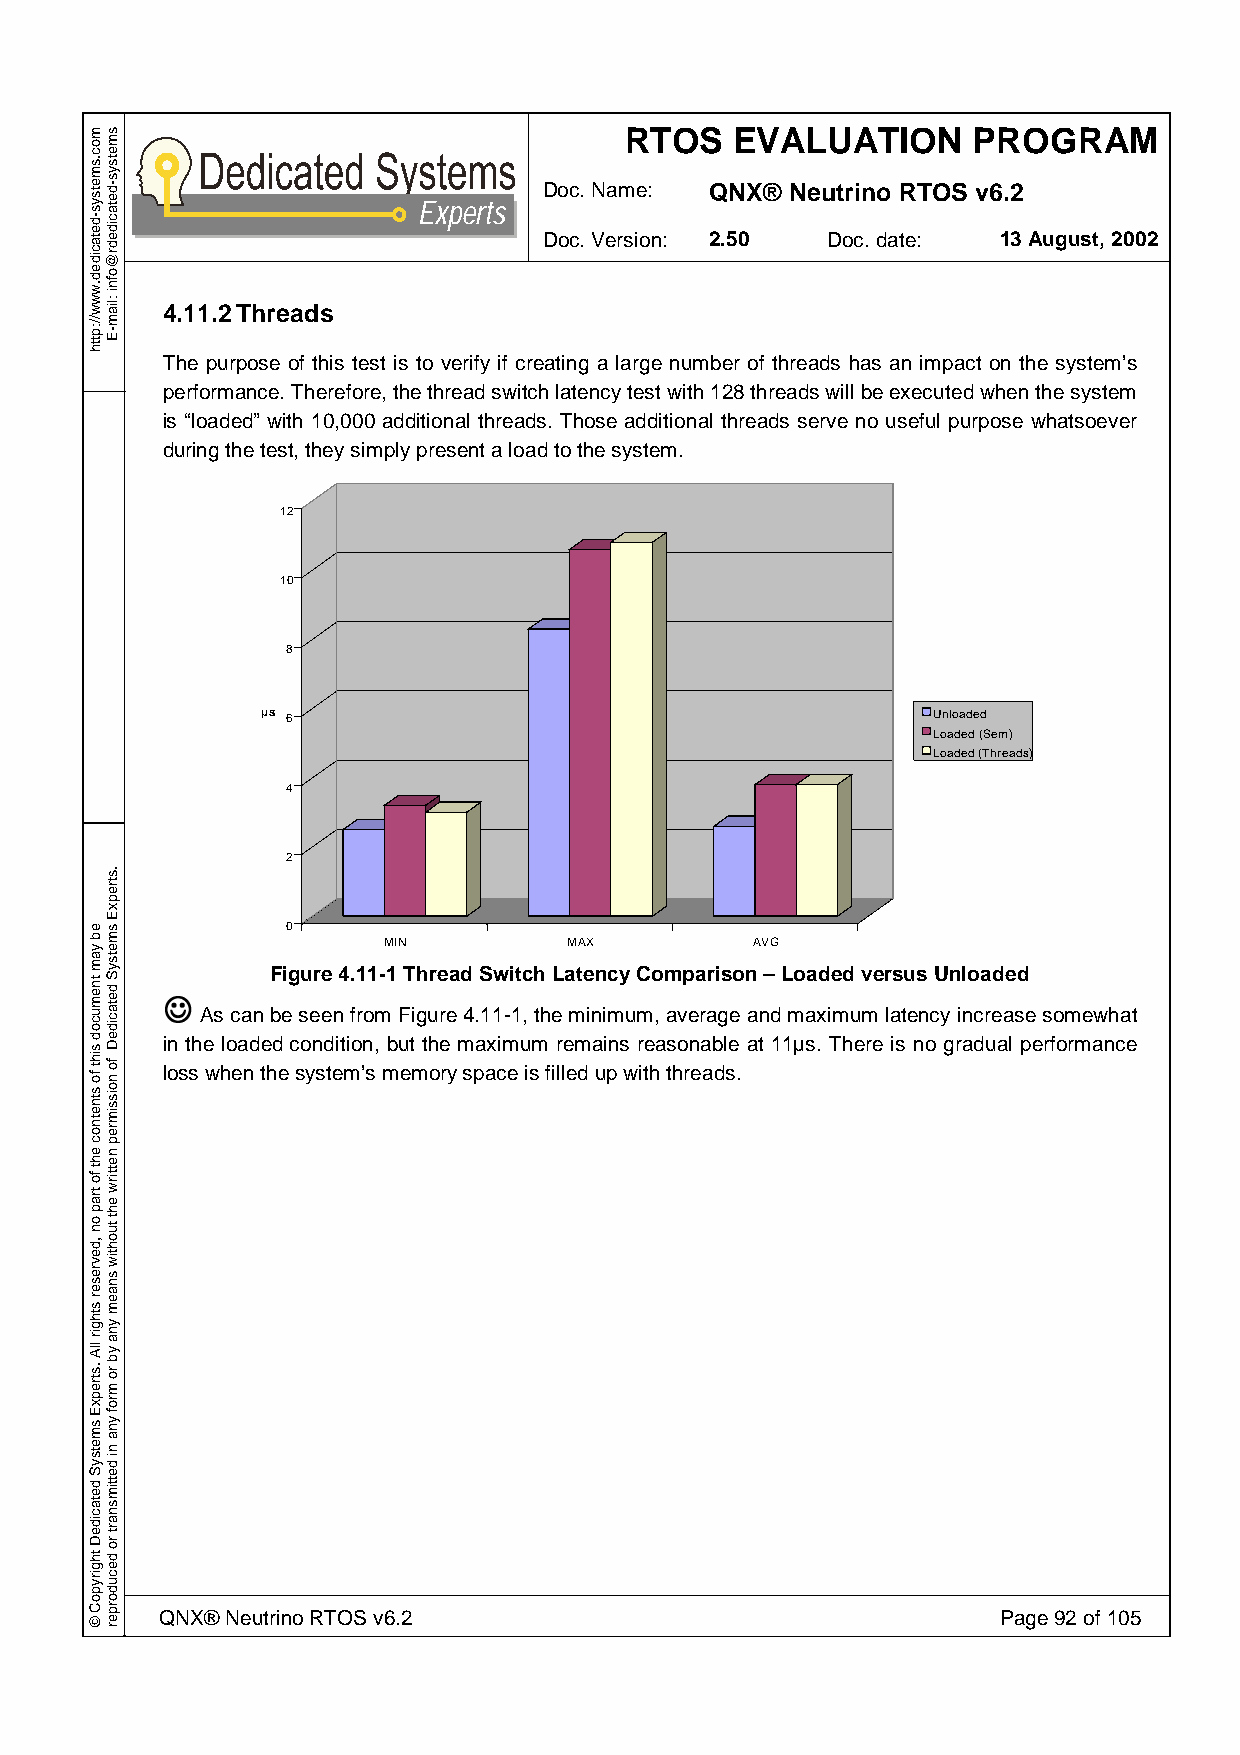
RTOS    EVALUATION     PROGRAM
 Doc. Name: QNX® Neutrino RTOS v6.2
 Experts
 Doc. Version: 2.50 Doc. date: 13 August, 2002
 4.11.2 Threads
 The purpose of this test is to verify if creating a large number of threads has an impact on the system’s
 performance. Therefore, the thread switch latency test with 128 threads will be executed when the system
 is “loaded” with 10,000 additional threads. Those additional threads serve no useful purpose whatsoever
 during the test, they simply present a load to the system.
 12
 10
 8
 µs 6                                         Unloaded
 Loaded (Sem)
 Loaded (Threads)
 4
 2
 0
 MIN          MAX         AVG
 J      Figure 4.11-1 Thread Switch Latency Comparison – Loaded versus Unloaded
 As can be seen from Figure 4.11-1, the minimum, average and maximum latency increase somewhat
 in the loaded condition, but the maximum remains reasonable at 11µs. There is no gradual performance
 loss when the system’s memory space is filled up with threads.
 QNX® Neutrino RTOS v6.2                                Page 92 of 105
 moc.smetsys-detacided.www//:ptth
 eb
 yam
 tnemucod
 siht
 fo
 stnetnoc
 eht
 fo
 trap
 on
 ,devreser
 sthgir
 llA
 .strepxE
 smetsyS
 detacideD
 thgirypoC
 ©
 smetsys-detacidedr@ofni
 :liam-E
 .strepxE
 smetsyS
 detacideD
 fo
 noissimrep
 nettirw
 eht
 tuohtiw
 snaem
 yna
 yb
 ro
 mrof
 yna
 ni
 dettimsnart
 ro
 decudorper